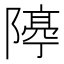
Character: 𨼛